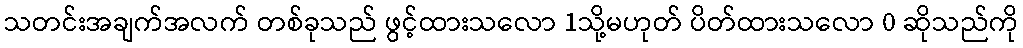
သတင်းအချက်အလက် တစ်ခုသည် ဖွင့်ထားသလော 1သို့မဟုတ် ပိတ်ထားသလော 0 ဆိုသည်ကို